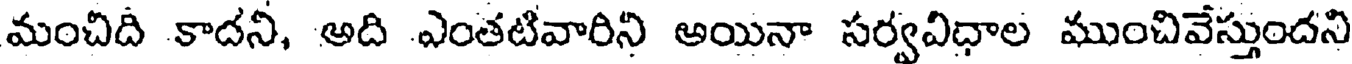
మంచిది కాదని, అది ఎంతటివారిని అయినా సర్వవిధాల ముంచివేస్తుందని